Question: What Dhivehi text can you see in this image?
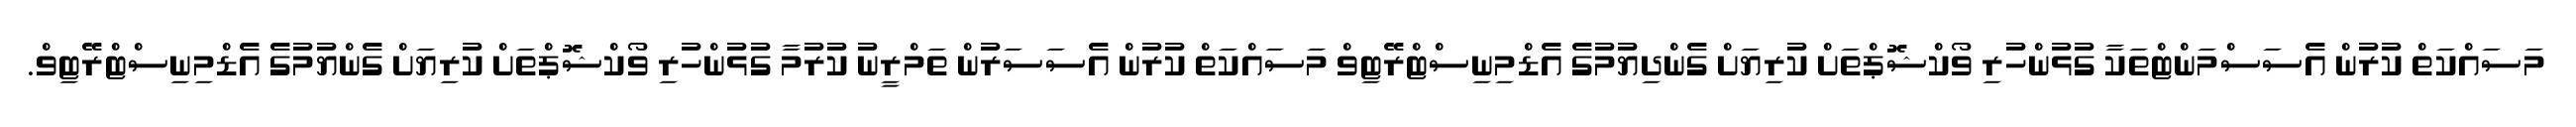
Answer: މަސައްކަތް ކުރުން އެސަސްމަންޓްތަކާ ގުޅުންހުރި ވޯކްޝޮޕްތަށް ކުރިޔަށް ގެންދިޔުމުގެ އެޑްމިނިސްޓްރޭޓިވް މަސައްކަތް ކުރުން އެސަސަރުން ތަމްރީނު ކުރުމާ ގުޅުންހުރި ވޯކްޝޮޕްތަށް ކުރިޔަށް ގެންޔުމުގެ އެޑްމިނިސްޓްރޭޓިވް.